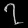
Digit: ၇